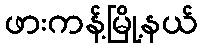
ဖားကန့်မြို့နယ်